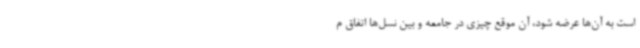
است به آن‌ها عرضه شود، آن موقع چیزی در جامعه و بین نسل‌ها اتفاق م